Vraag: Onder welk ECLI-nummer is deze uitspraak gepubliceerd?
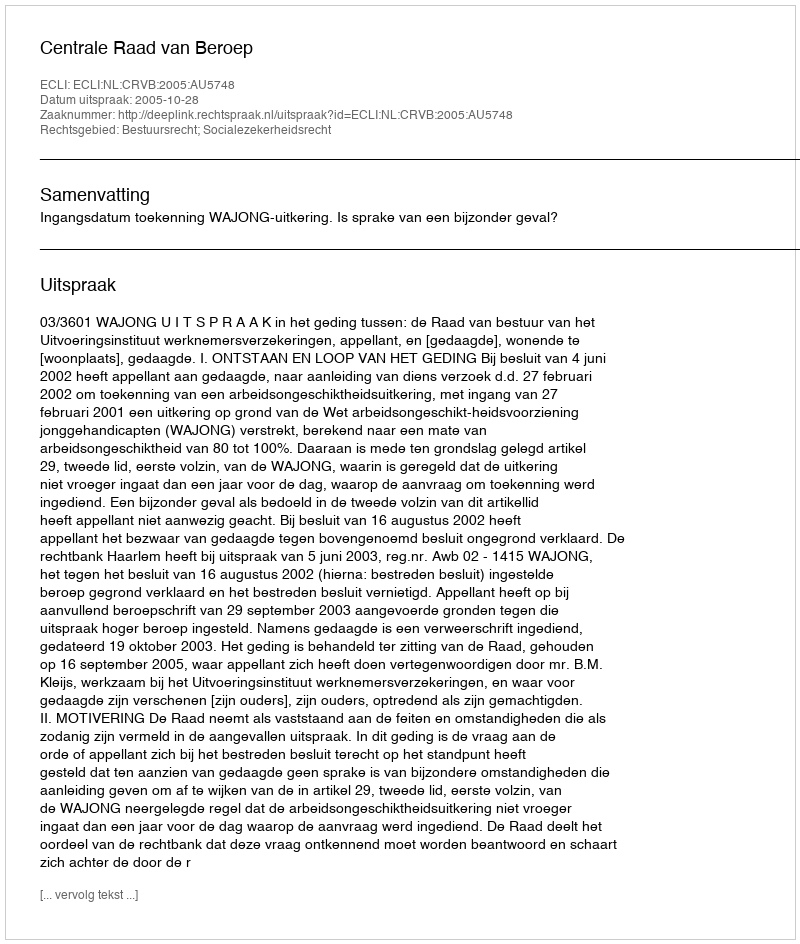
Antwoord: ECLI:NL:CRVB:2005:AU5748